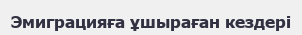
Эмиграцияға ұшыраған кездері